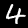
Label: 4